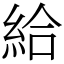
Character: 給